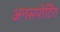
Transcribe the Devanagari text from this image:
अनसपोर्टिंग